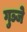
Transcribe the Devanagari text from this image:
गुञ्जे